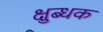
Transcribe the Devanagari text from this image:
क्षुब्धक